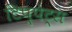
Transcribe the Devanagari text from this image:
टिप्‍पेट्स